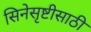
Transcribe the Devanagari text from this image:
सिनेसृष्टीसाठी